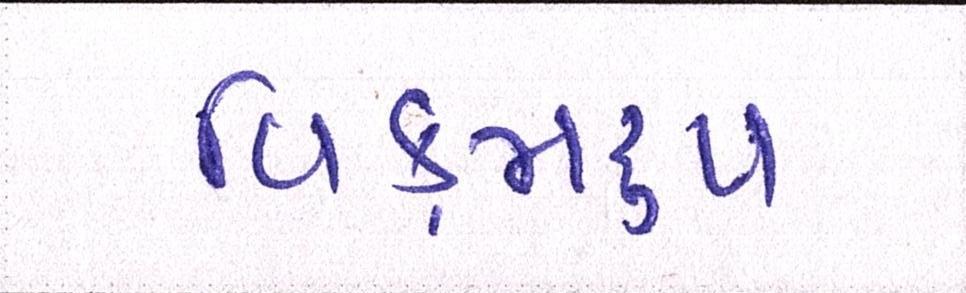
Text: વિક્રમરૃપ